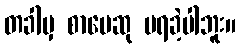
တခါမှ စာပေဆု မရခဲ့ပါဘူး။